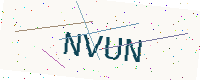
Text: NVUN